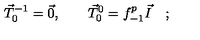
\vec { T } _ { 0 } ^ { - 1 } = \vec { 0 } , \qquad \vec { T } _ { 0 } ^ { 0 } = f _ { - 1 } ^ { p } \vec { I } \quad ;